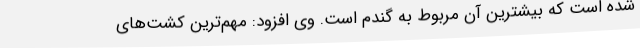
شده است که بیشترین آن مربوط به گندم است. وی افزود: مهم‌ترین کشت‌های